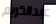
عبدالكريم